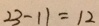
2 3 - 1 1 = 1 2